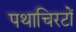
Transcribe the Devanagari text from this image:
पथाचिरटों